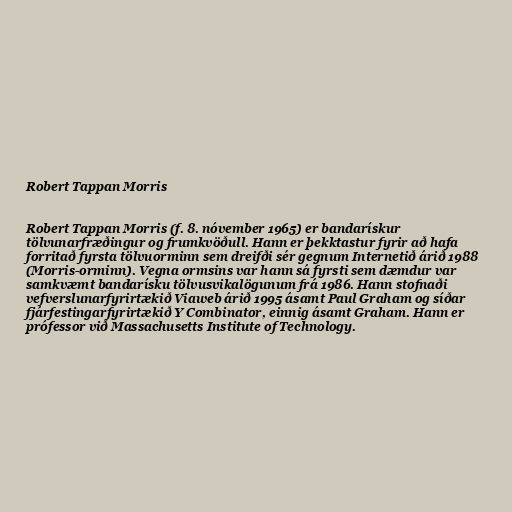
Robert Tappan Morris

Robert Tappan Morris (f. 8. nóvember 1965) er bandarískur
tölvunarfræðingur og frumkvöðull. Hann er þekktastur fyrir að hafa
forritað fyrsta tölvuorminn sem dreifði sér gegnum Internetið árið 1988
(Morris-orminn). Vegna ormsins var hann sá fyrsti sem dæmdur var
samkvæmt bandarísku tölvusvikalögunum frá 1986. Hann stofnaði
vefverslunarfyrirtækið Viaweb árið 1995 ásamt Paul Graham og síðar
fjárfestingarfyrirtækið Y Combinator, einnig ásamt Graham. Hann er
prófessor við Massachusetts Institute of Technology.